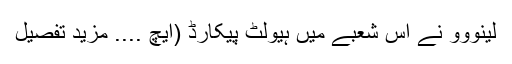
لینووو نے اس شعبے میں ہیولٹ پیکارڈ (ایچ .... مزید تفصیل